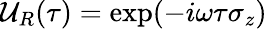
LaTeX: \mathcal{U}_{R}(\tau)=\exp(-i\omega\tau\sigma_{z})